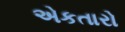
એકતારો